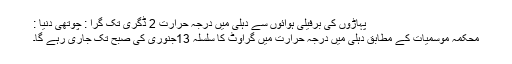
پہاڑوں کی برفیلی ہوائوں سے دہلی میں درجہ حرارت 2 ڈگری تک گرا : چوتھی دنیا :
محکمہ موسمیات کے مطابق دہلی میں درجہ حرارت میں گراوٹ کا سلسلہ 13جنوری کی صبح تک جاری رہے گا۔